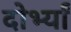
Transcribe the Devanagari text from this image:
दोर्भ्यां